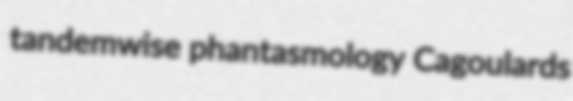
tandemwise phantasmology Cagoulards